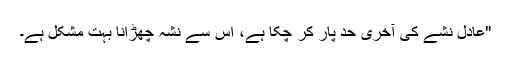
"عادل نشے کی آخری حد پار کر چکا ہے، اُس سے نشہ چھڑانا بہت مشکل ہے۔